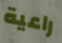
راعية